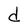
Character: d